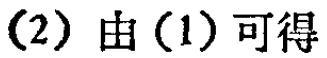
(2) 由(1) 可得